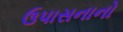
ઉપાસનાનો